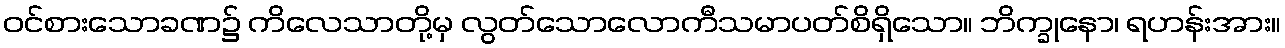
ဝင်စားသောခဏ၌ ကိလေသာတို့မှ လွတ်သောလောကီသမာပတ်စိရှိသော။ ဘိက္ခုနော၊ ရဟန်းအား။